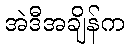
အဲဒီအချိန်က